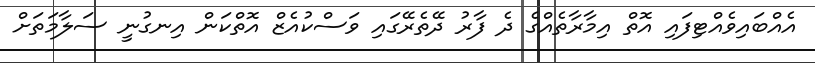
އެއްބައިވެއްޓިފައި އޮތް އިމާރާތެއްގެ ދެ ފާރު ދޭތެރޭގައި ވަސްކުއެޒް އޮތްކަން އިނގުނީ ސަލާމަތަށް